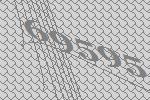
69595